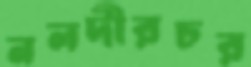
নলদীরচর